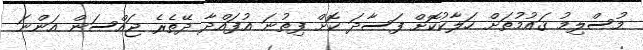
މުސްލިމު ޤައުމުތަށް ހަލާކުކޮށް ފަސާދަ ކޮށް ފިތުނަ އުފައްދާ ދޭތެރެ ޖައްސަން އަންނަ